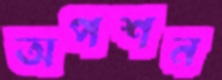
অপশন